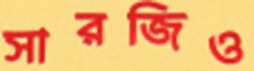
সারজিও